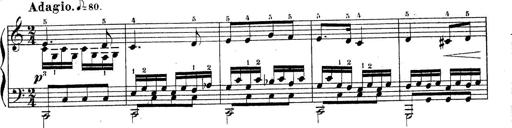
Title: Piano Sonatine No.2
Composer: Peter Piel
Key: G major